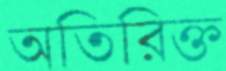
অতিরিক্ত